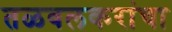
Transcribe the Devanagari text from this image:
तळवलकरांचा